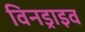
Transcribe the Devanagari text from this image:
विनड्राइव